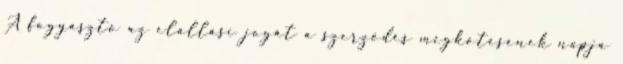
A fogyasztó az elállási jogát a szerződés megkötésének napja